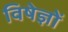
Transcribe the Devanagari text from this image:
विषेज्ञों